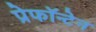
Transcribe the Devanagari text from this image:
प्रेफॉन्टेन